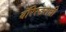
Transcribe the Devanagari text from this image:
बॅरिस्टराची